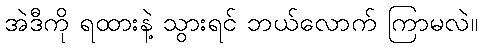
အဲဒီကို ရထားနဲ့ သွားရင် ဘယ်လောက် ကြာမလဲ။